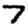
Digit: 7